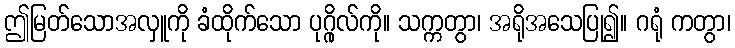
ဤမြတ်သောအလှူကို ခံထိုက်သော ပုဂ္ဂိုလ်ကို။ သက္ကတွာ၊ အရိုအသေပြု၍။ ဂရုံ ကတွာ၊